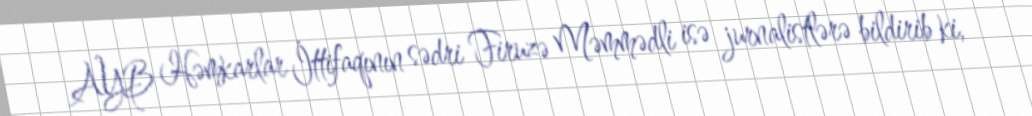
AYB Həmkarlar İttifaqının sədri Firuzə Məmmədli isə jurnalistlərə bildirib ki,